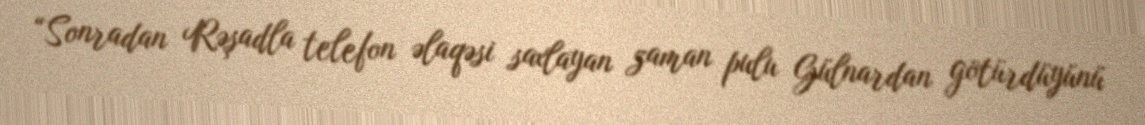
“Sonradan Rəşadla telefon əlaqəsi saxlayan zaman pulu Gülnardan götürdüyünü